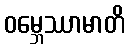
ဝမ္ဘေဿာမာတိ